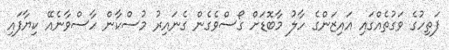
ފަތިހުގެ ވަގުތެއްގައި އައިޒަންގެ ހާލު މާބޮޑަށް ގޯސްވެގެން ގެނައިރު މުސްކާން ހާސްވާނެއޭ ކިޔާފައި